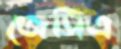
জেসিএ